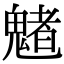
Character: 𩴀